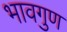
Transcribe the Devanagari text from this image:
भावगुण